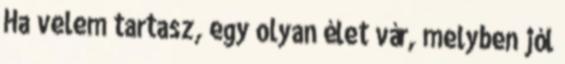
Ha velem tartasz, egy olyan élet vár, melyben jól